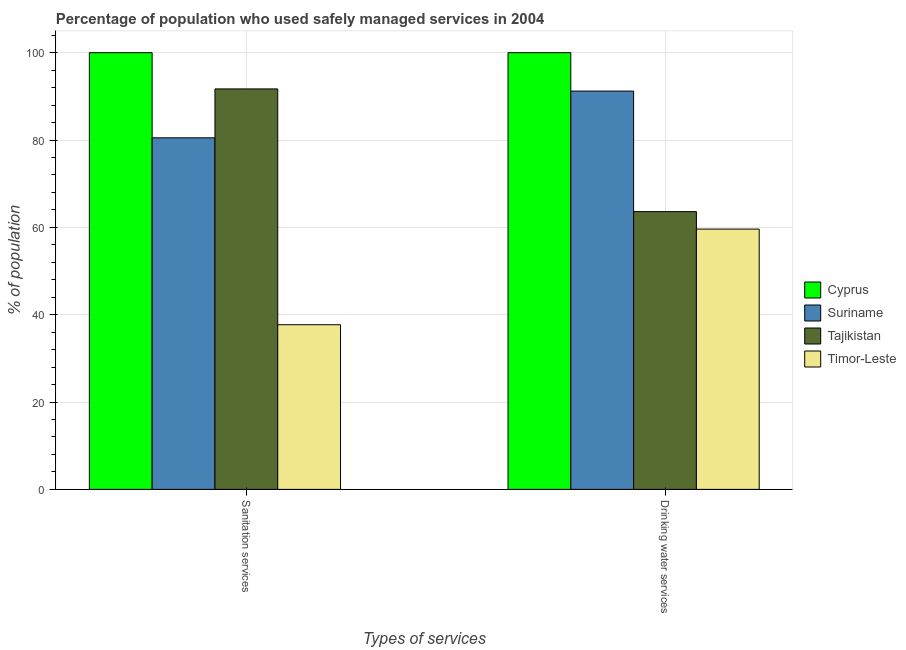
| Types of services | Cyprus | Suriname | Tajikistan | Timor-Leste |
 | --- | --- | --- | --- | --- |
 | Sanitation services | 100 | 80.5 | 91.7 | 37.7 |
 | Drinking water services | 100 | 91.2 | 63.6 | 59.6 |